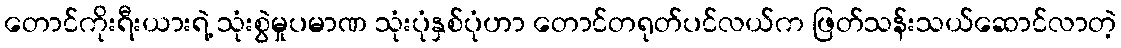
တောင်ကိုးရီးယားရဲ့ သုံးစွဲမှုပမာဏ သုံးပုံနှစ်ပုံဟာ တောင်တရုတ်ပင်လယ်က ဖြတ်သန်းသယ်ဆောင်လာတဲ့